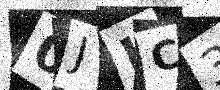
Text: 0JLC37